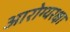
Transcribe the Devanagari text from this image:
आरोग्यरक्षा